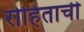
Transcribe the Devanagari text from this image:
रोहिताची